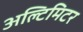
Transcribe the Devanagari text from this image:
अल्टिमिटर